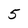
Character: 5